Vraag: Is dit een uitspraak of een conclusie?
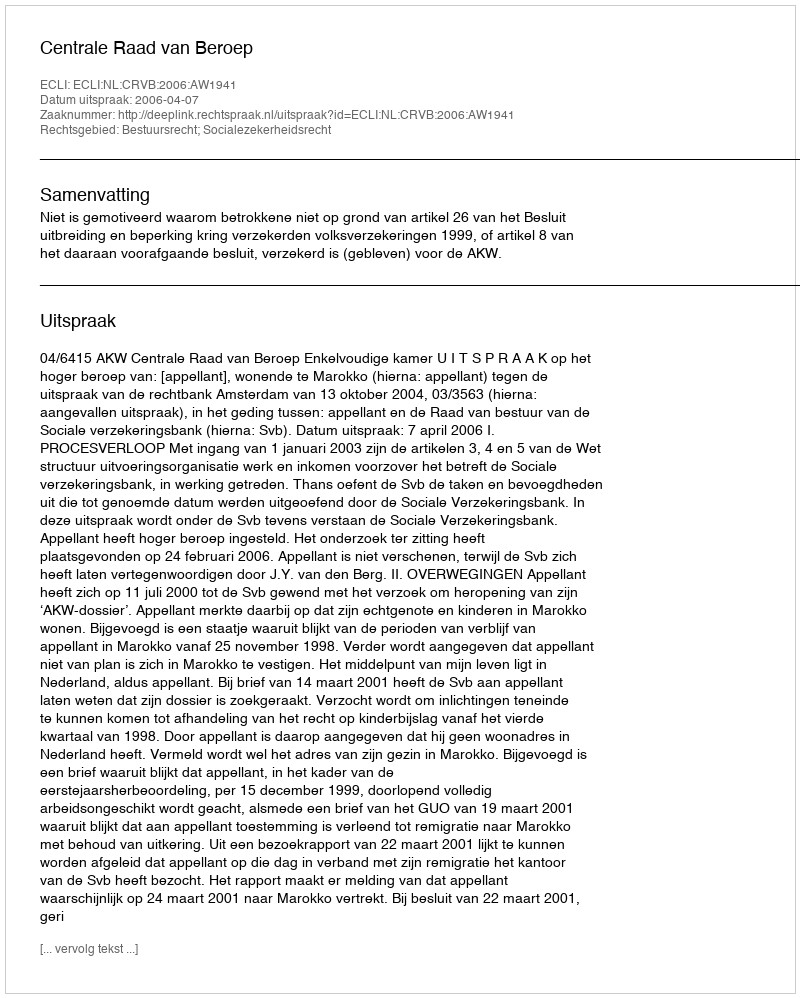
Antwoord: Uitspraak